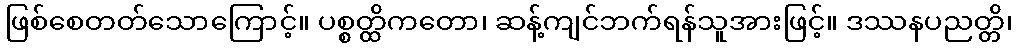
ဖြစ်စေတတ်သောကြောင့်။ ပစ္စတ္ထိကတော၊ ဆန့်ကျင်ဘက်ရန်သူအားဖြင့်။ ဒဿနပညတ္တိ၊